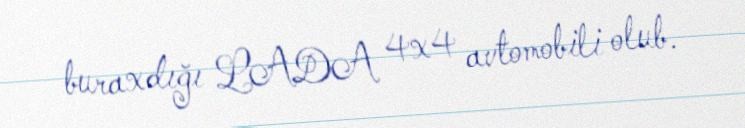
buraxdığı LADA 4x4 avtomobili olub.